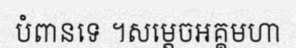
បំពានទេ ។សម្តេចអគ្គមហា